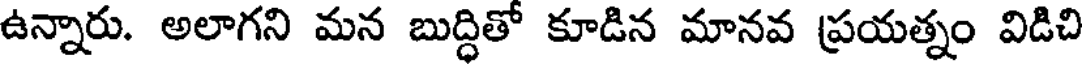
ఉన్నారు. అలాగని మన బుద్ధితో కూడిన మానవ ప్రయత్నం విడిచి